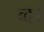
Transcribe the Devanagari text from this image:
व्द।